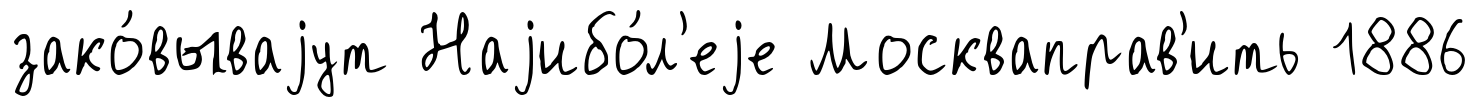
зако́вываjут Наjибо́л'еjе Москваправ'ить 1886